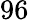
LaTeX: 96